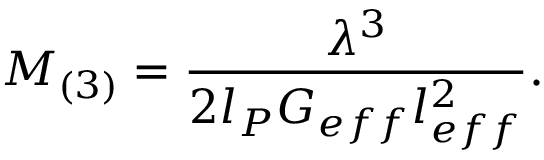
M _ { ( 3 ) } = \frac { \lambda ^ { 3 } } { 2 l _ { P } G _ { e f f } l _ { e f f } ^ { 2 } } .